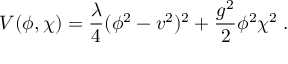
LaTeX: V ( \phi , \chi ) = { \frac { \lambda } { 4 } } ( \phi ^ { 2 } - v ^ { 2 } ) ^ { 2 } + { \frac { g ^ { 2 } } { 2 } } \phi ^ { 2 } \chi ^ { 2 } \; .